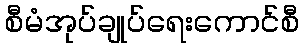
စီမံအုပ်ချုပ်ရေးကောင်စီ